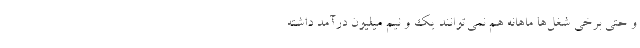
و حتی برخی شغل‌ها ماهانه هم نمی‌توانند یک و نیم میلیون درآمد داشته